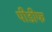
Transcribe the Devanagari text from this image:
पीडीफ